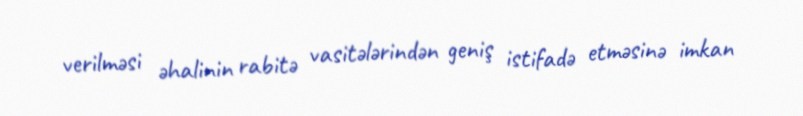
verilməsi əhalinin rabitə vasitələrindən geniş istifadə etməsinə imkan